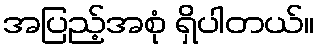
အပြည့်အစုံ ရှိပါတယ်။